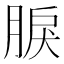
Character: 𦜏